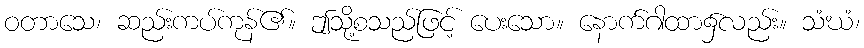
ဝတာသေ၊ ဆည်းကပ်ကုန်၏။ ဤသို့စသည်ဖြင့် ပေးသော။ နောက်ဂါထာ၌လည်း။ သံဃံ၊